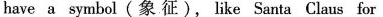
have a symbol(象 征), like Santa Claus for